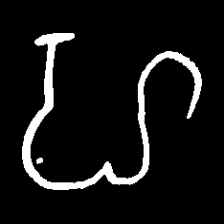
Pyu character \u2014 Myanmar letter: ဟ (romanized: ha)